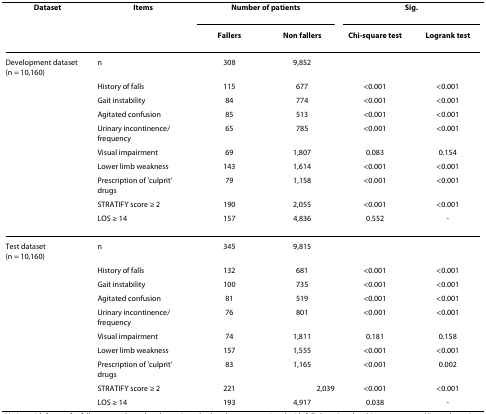
| Dataset | Items | <COLSPAN=2> Number of patients | <COLSPAN=2> Sig. |
 |  |  | Fallers | Non fallers | Chi-square test | Logrank test |
 | --- | --- | --- | --- | --- | --- |
 | Development dataset(n = 10,160) | n | 308 | 9,852 |  |  |
 |  | History of falls | 115 | 677 | <0.001 | <0.001 |
 |  | Gait instability | 84 | 774 | <0.001 | <0.001 |
 |  | Agitated confusion | 85 | 513 | <0.001 | <0.001 |
 |  | Urinary incontinence/frequency | 65 | 785 | <0.001 | <0.001 |
 |  | Visual impairment | 69 | 1,807 | 0.083 | 0.154 |
 |  | Lower limb weakness | 143 | 1,614 | <0.001 | <0.001 |
 |  | Prescription of 'culprit' drugs | 79 | 1,158 | <0.001 | <0.001 |
 |  | STRATIFY score ≥ 2 | 190 | 2,055 | <0.001 | <0.001 |
 |  | LOS ≥ 14 | 157 | 4,836 | 0.552 | - |
 | Test dataset(n = 10,160) | n | 345 | 9,815 |  |  |
 |  | History of falls | 132 | 681 | <0.001 | <0.001 |
 |  | Gait instability | 100 | 735 | <0.001 | <0.001 |
 |  | Agitated confusion | 81 | 519 | <0.001 | <0.001 |
 |  | Urinary incontinence/frequency | 76 | 801 | <0.001 | <0.001 |
 |  | Visual impairment | 74 | 1,811 | 0.181 | 0.158 |
 |  | Lower limb weakness | 157 | 1,555 | <0.001 | <0.001 |
 |  | Prescription of 'culprit' drugs | 83 | 1,165 | <0.001 | 0.002 |
 |  | STRATIFY score ≥ 2 | 221 | 2,039 | <0.001 | <0.001 |
 |  | LOS ≥ 14 | 193 | 4,917 | 0.038 | - |